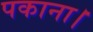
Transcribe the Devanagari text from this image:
पकाना।